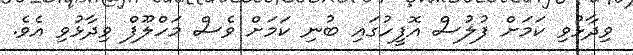
ވިދާޅުވި ކަމަށް ފުލުސް އޮފީހުގައި ބުނި ކަމަށް ވެސް މަހްލޫފް ވިދާޅުވި އެވެ.